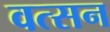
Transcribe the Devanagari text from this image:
वत्सन